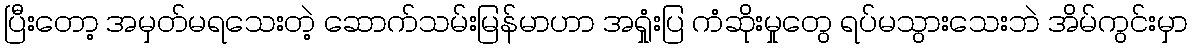
ပြီးတော့ အမှတ်မရသေးတဲ့ ဆောက်သမ်းမြန်မာဟာ အရှုံးပြ ကံဆိုးမှုတွေ ရပ်မသွားသေးဘဲ အိမ်ကွင်းမှာ